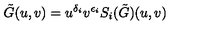
\tilde { G } ( u , v ) = u ^ { \delta _ { i } } v ^ { \epsilon _ { i } } S _ { i } ( \tilde { G } ) ( u , v )